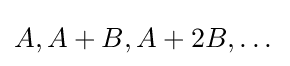
A,A+B,A+2B,\dots